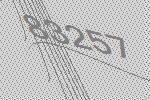
83257